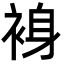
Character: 裑